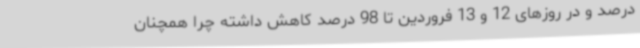
درصد و در روزهای 12 و 13 فروردین تا 98 درصد کاهش داشته چرا همچنان